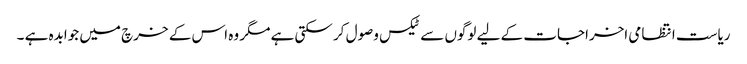
ریاست انتظامی اخراجات کے لیے لوگوں سے ٹیکس وصول کر سکتی ہے مگر وہ اس کے خرچ میں جوابدہ ہے ۔